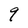
Character: 9